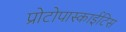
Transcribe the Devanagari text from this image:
प्रोटोपास्काईटिस